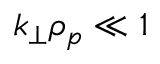
k _ { \perp } \rho _ { p } \ll 1